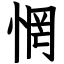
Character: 惘